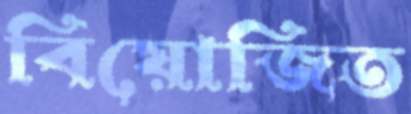
বিয়োজিত